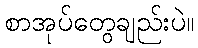
စာအုပ်တွေချည်းပဲ။